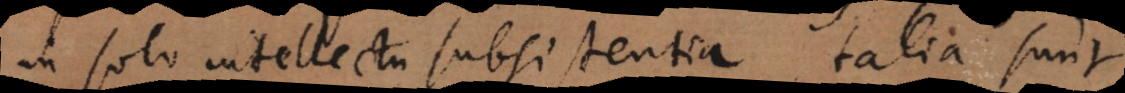
in solo intellectu subsistentia, talia sunt